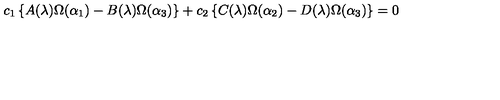
c _ { 1 } \left\{ A ( \lambda ) \Omega ( \alpha _ { 1 } ) - B ( \lambda ) \Omega ( \alpha _ { 3 } ) \right\} + c _ { 2 } \left\{ C ( \lambda ) \Omega ( \alpha _ { 2 } ) - D ( \lambda ) \Omega ( \alpha _ { 3 } ) \right\} = 0